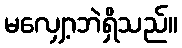
မလျှော့ဘဲရှိသည်။